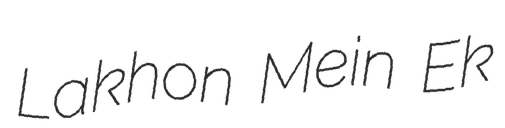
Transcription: Lakhon Mein Ek